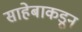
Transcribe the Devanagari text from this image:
साहेबाकडून